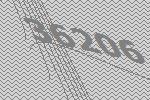
36206